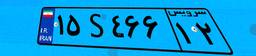
۱۱S۵۱۶۵۶